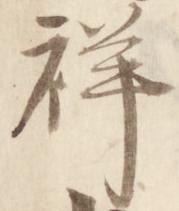
祥